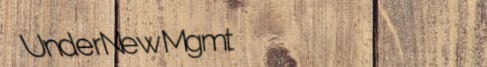
UnderNewMgmt